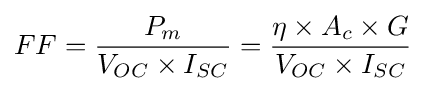
FF={\frac {P_{m}}{V_{OC}\times I_{SC}}}={\frac {\eta \times A_{c}\times G}{V_{OC}\times I_{SC}}}